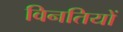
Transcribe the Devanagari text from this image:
विनतियों